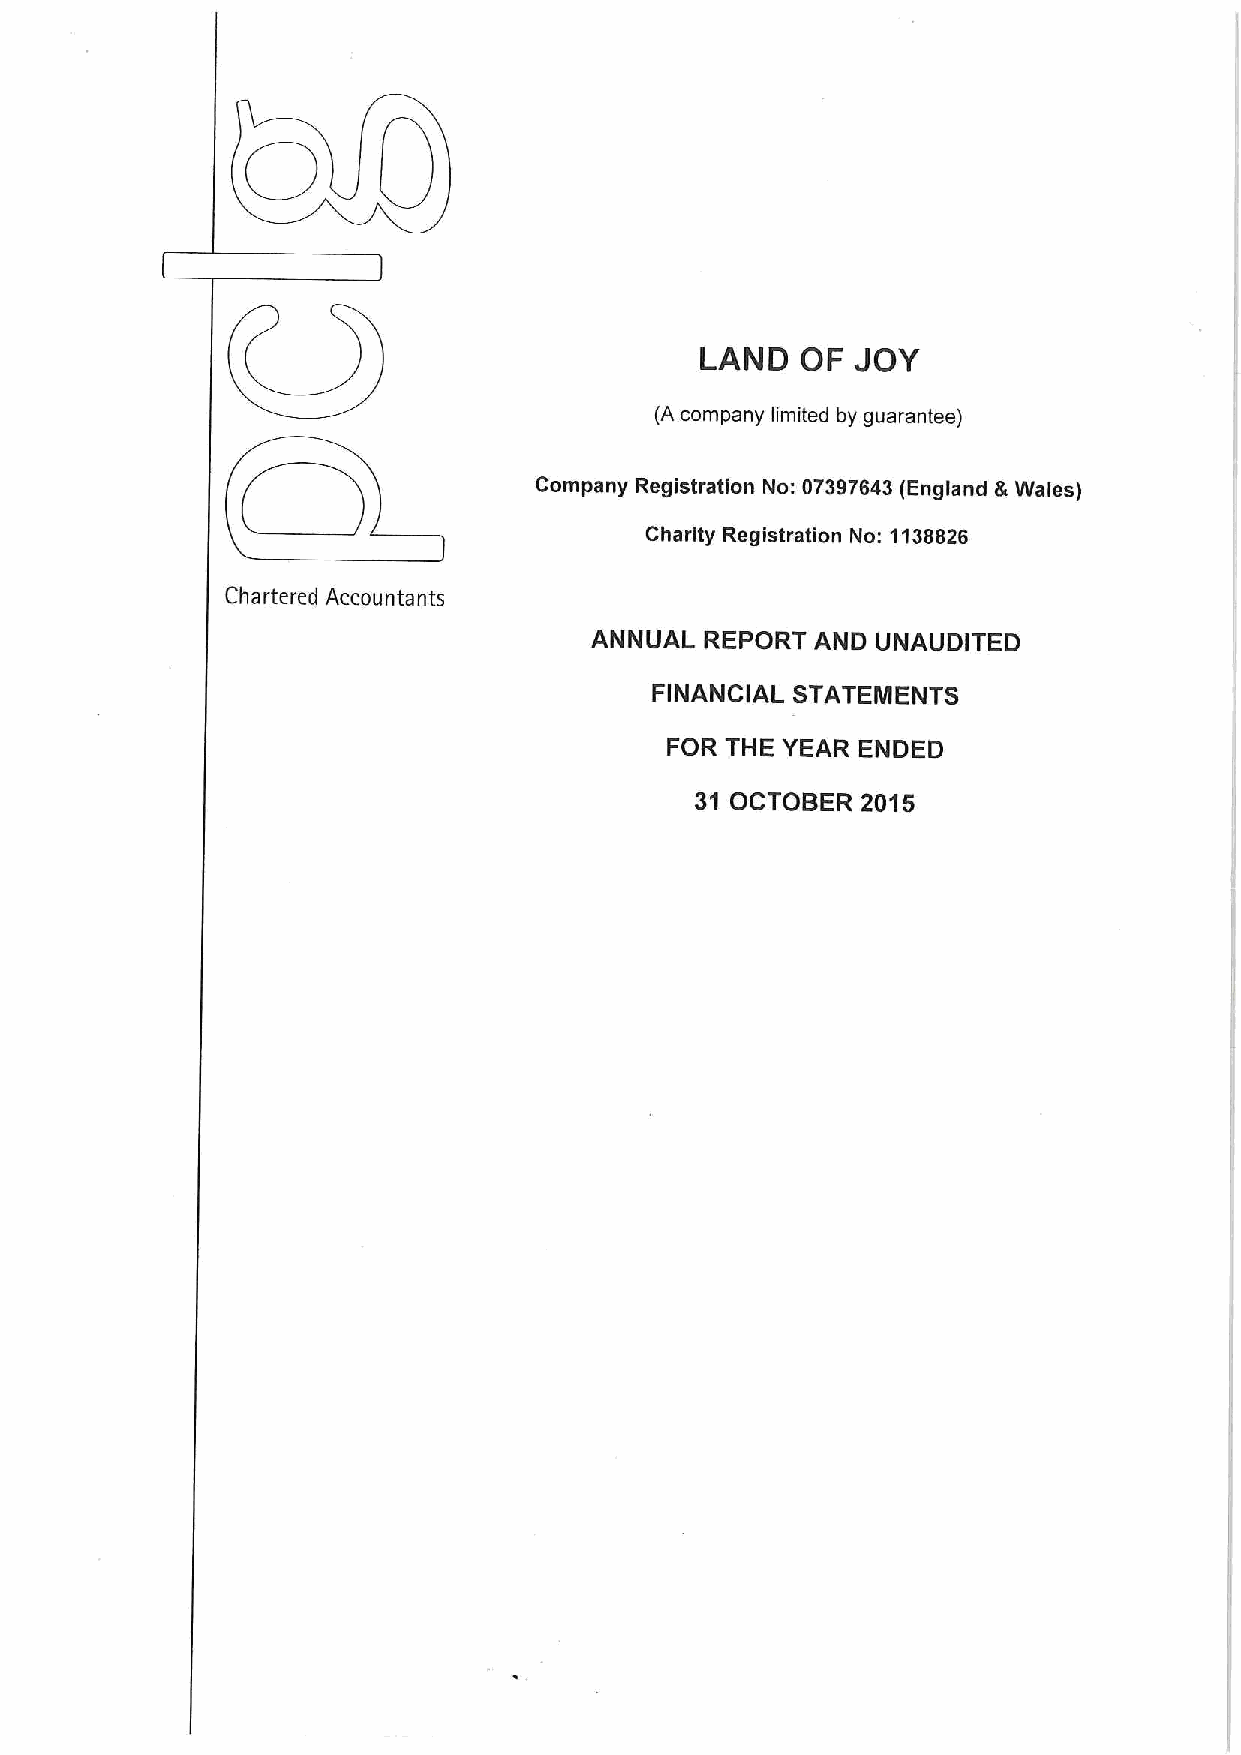
LAND   OF  JOY
 (A company limited by guarantee)
 Company Registration No: 07397643(England &Wales)
 Charity Registration No: 1138826
 Chartered Accountants
 ANNUAL  REPORT AND UNAUDITED
 FINANCIAL STATEMENTS
 FOR THE YEAR ENDED
 31 OCTOBER 2015